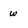
Character: w